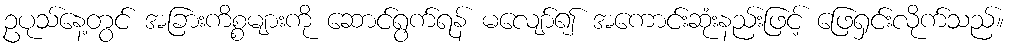
ဥပုသ်နေ့တွင် အခြားကိစ္စများကို ဆောင်ရွက်ရန် မလျော်၍ အကောင်းဆုံးနည်းဖြင့် ဖြေရှင်းလိုက်သည်။